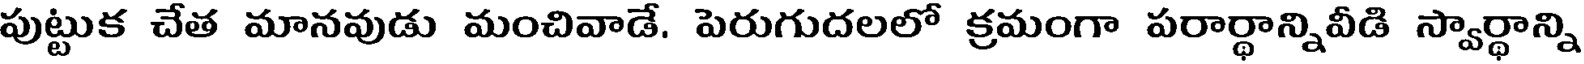
పుట్టుక చేత మానవుడు మంచివాడే. పెరుగుదలలో క్రమంగా పరార్థాన్నివీడి స్వార్థాన్ని